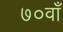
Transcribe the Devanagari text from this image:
७०वाँ